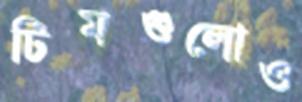
টিমগুলোও